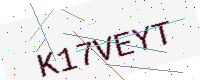
Text: K17VEYT